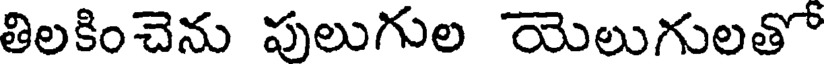
తిలకించెను పులుగుల యెలుగులతో